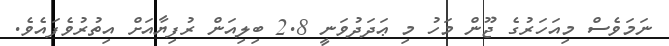
ނަމަވެސް މިއަހަރުގެ ޖޫން މަހު މި ޢަދަދުވަނީ 2.8 ބިލިއަން ރުފިޔާއަށް އިތުރުވެފައެވެ.